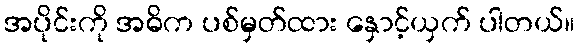
အပိုင်းကို အဓိက ပစ်မှတ်ထား နှောင့်ယှက် ပါတယ်။